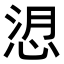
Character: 𢚑